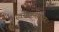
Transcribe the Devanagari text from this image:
स्वस्तरुस्तारः